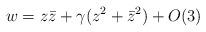
LaTeX: \begin{align*}w = z\bar{z} + \gamma (z^2+\bar{z}^2) + O(3)\end{align*}